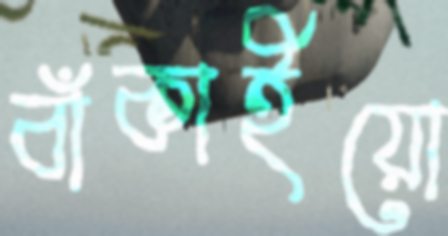
বাঁকাইয়ো